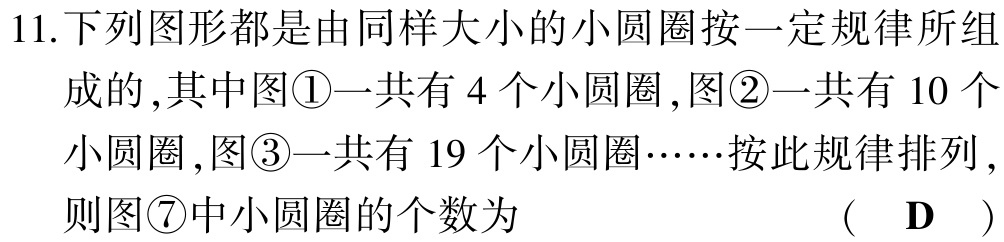
11.下列图形都是由同样大小的小圆圈按一定规律所组

成的,其中图\textcircled{1}一共有 4 个小圆圈,图\textcircled{2}一共有 10 个

小圆圈,图\textcircled{3}一共有 19 个小圆圈……按此规律排列,

则图\textcircled{7}中小圆圈的个数为 （ D ）